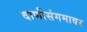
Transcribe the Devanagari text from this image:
वाणीसंगमावर